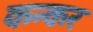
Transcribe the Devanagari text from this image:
कन्कर